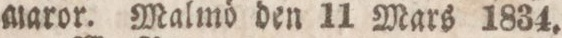
maror. Malmö den 11 Mars 1834.